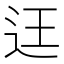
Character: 迋